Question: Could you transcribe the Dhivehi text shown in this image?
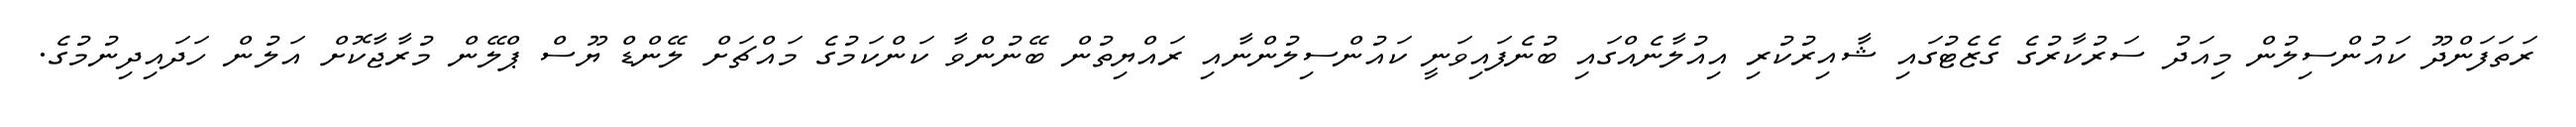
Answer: ރަތަފަންދޫ ކައުންސިލުން މިއަދު ސަރުކާރުގެ ގެޒެޓުގައި ޝާއިރުކުރި އިއުލާނެއްގައި ބުނެފައިވަނީ ކައުންސިލުންނާއި ރައްޔިތުން ބޭނުންވާ ކަންކަމުގެ މައްޗަށް ލޭންޑް ޔޫސް ޕްލޭން މުރާޖާކޮށް އަލުން ހަދައިދިނުމުގެ.